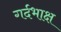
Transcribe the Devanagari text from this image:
गर्दभाक्ष